Tartu_pedagoogiumi_aruanded, lk 25
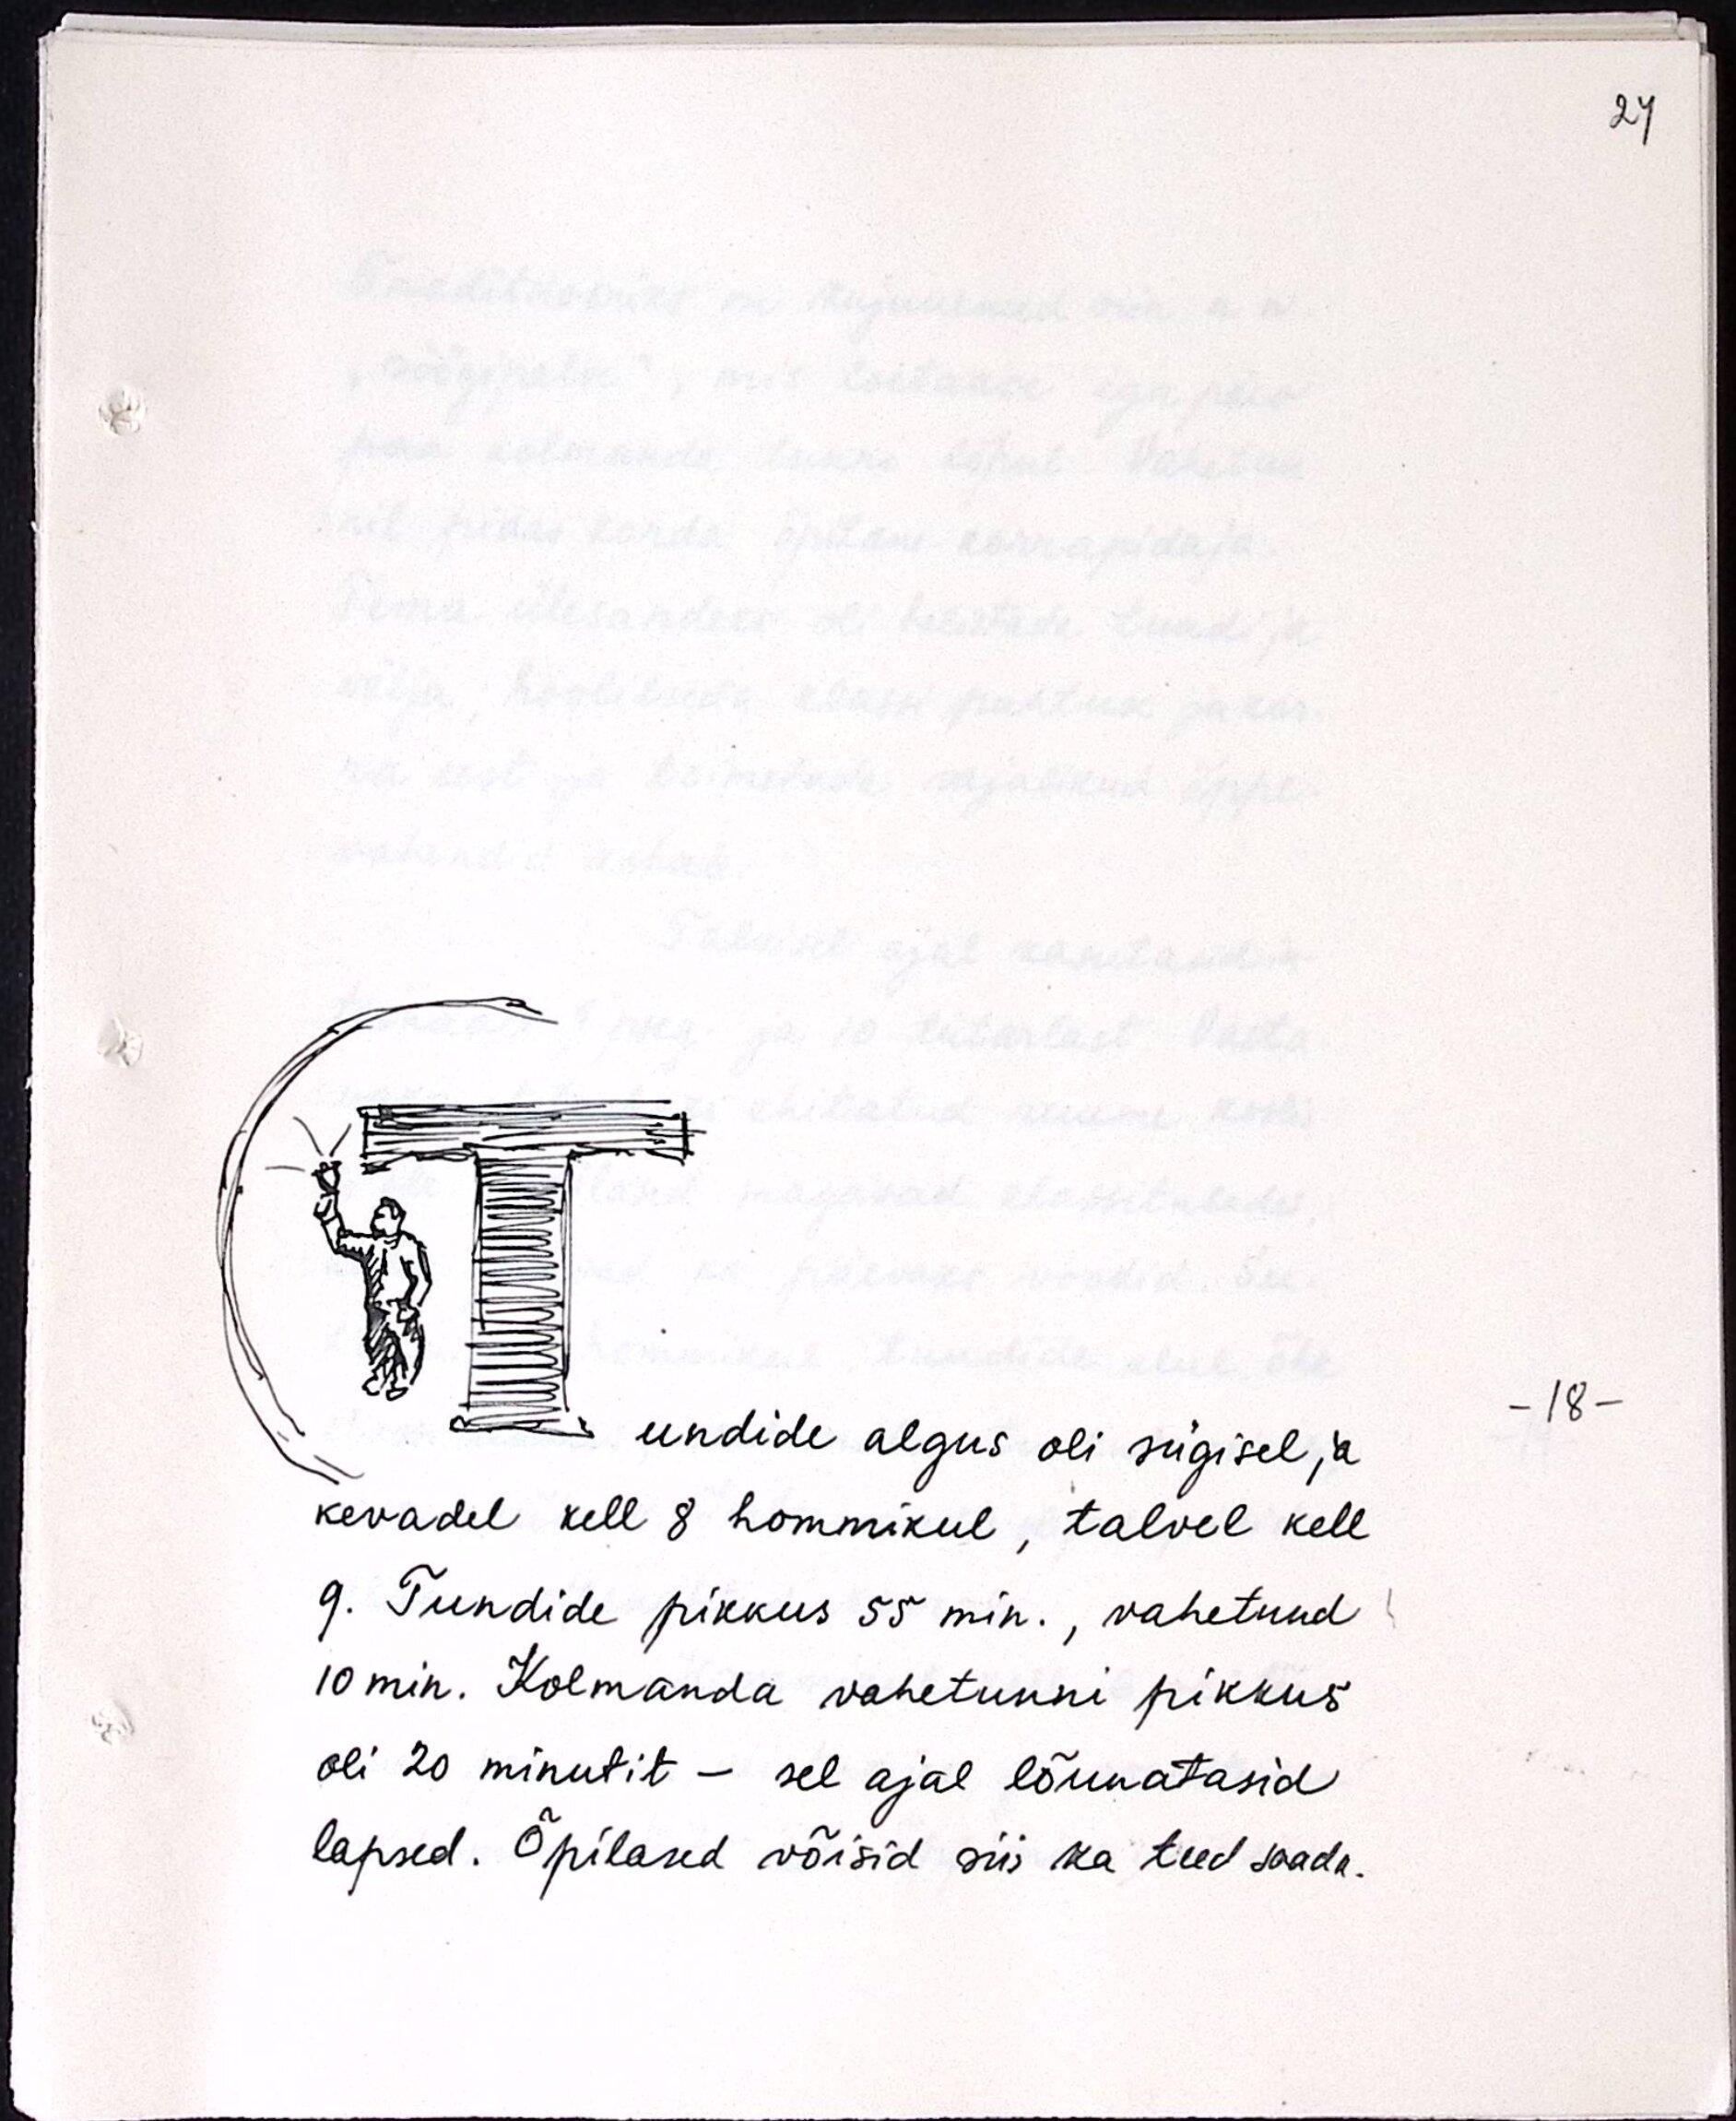
undide algus oli sügisel ja
kevadel kell 8 hommikul, talvel kell
9. Tundide pikkus 55 min., vahetund
10 min. Kolmanda vahetunni pikkus
oli 20 minutit - sel ajal lõunatasid
lapsed. Õpilased võisid siis ka teed saada.